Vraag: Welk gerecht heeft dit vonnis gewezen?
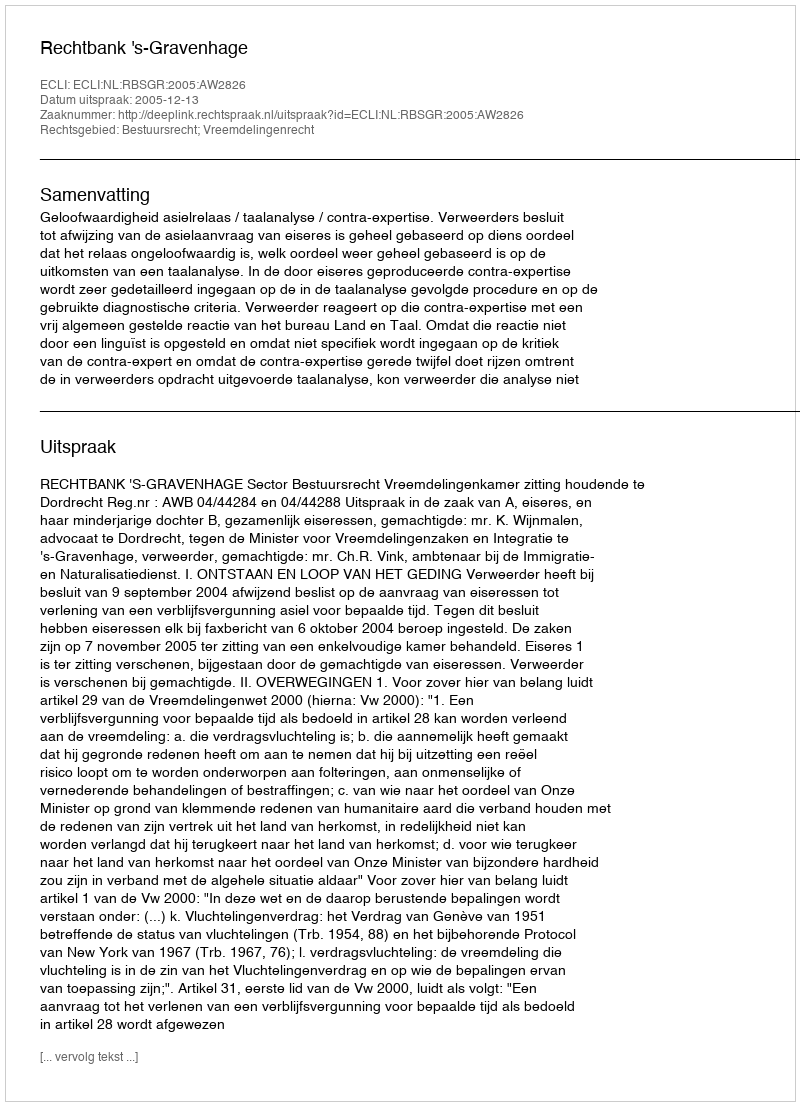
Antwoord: Rechtbank 's-Gravenhage